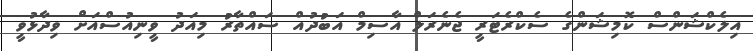
އިލެކްޝަންސް ކޮމިޝަންގެ ސެކްރެޓަރީ ޖެނެރަލް އާސިމް އަބުދުއް ސައްތާރު މިއަދު ވީނިއުސްއަށް ވިދާޅުވީ